Report on the Civil Veterinary Department, Eastern Bengal and Assam - 1907-1911
Year: 1907
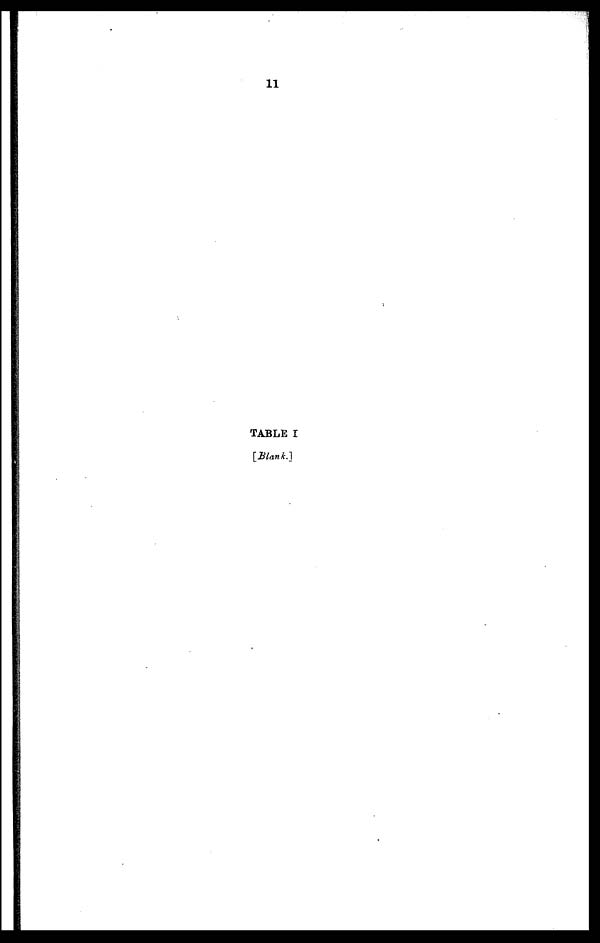
11
TABLE I
[Blank.]